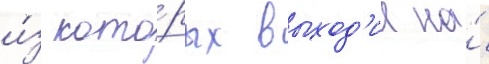
и́з кото́рых выход'ил на́